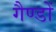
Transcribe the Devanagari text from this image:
गैण्डों